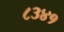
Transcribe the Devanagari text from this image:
८३४१